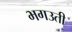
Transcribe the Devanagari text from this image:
भगउती